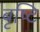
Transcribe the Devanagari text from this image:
बृष्टि